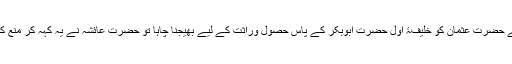
حضرت عائشہ خود روایت کرتی ہیں کہ نبی صلی اللہ علیہ وسلم کی وفات کے بعدآپ کی ازواج نے حضرت عثمان کو خلیفۂ اول حضرت ابوبکر کے پاس حصول وراثت کے لیے بھیجنا چاہا تو حضرت عائشہ نے یہ کہہ کر منع کر دیا کہ آپ کو رسول ﷲ صلی ﷲ علیہ وسلم کا فرمان یاد نہیں، ہم گروہ انبیا وراثت نہیں چھوڑتے۔